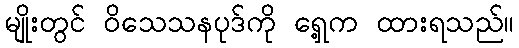
မျိုးတွင် ဝိသေသနပုဒ်ကို ရှေ့က ထားရသည်။